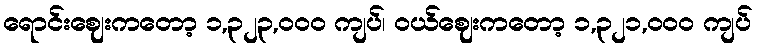
ရောင်းဈေးကတော့ ၁,၃၂၃,၀၀၀ ကျပ်၊ ဝယ်ဈေးကတော့ ၁,၃၂၁,၀၀၀ ကျပ်